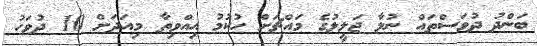
ބަންދު ދުވަސްތައް ނުލާ ޖަލީލުގެ މައްޗަށް ހުކުމު އިއްވިތާ މިއަދަށް 10 ދުވަހު